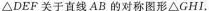
\bigtriangleupDEF关于直线AB的对称图形\bigtriangleupGHI。